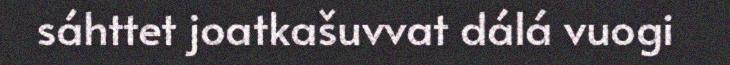
sáhttet joatkašuvvat dálá vuogi